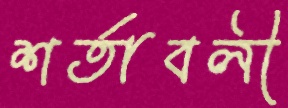
শর্তাবলী